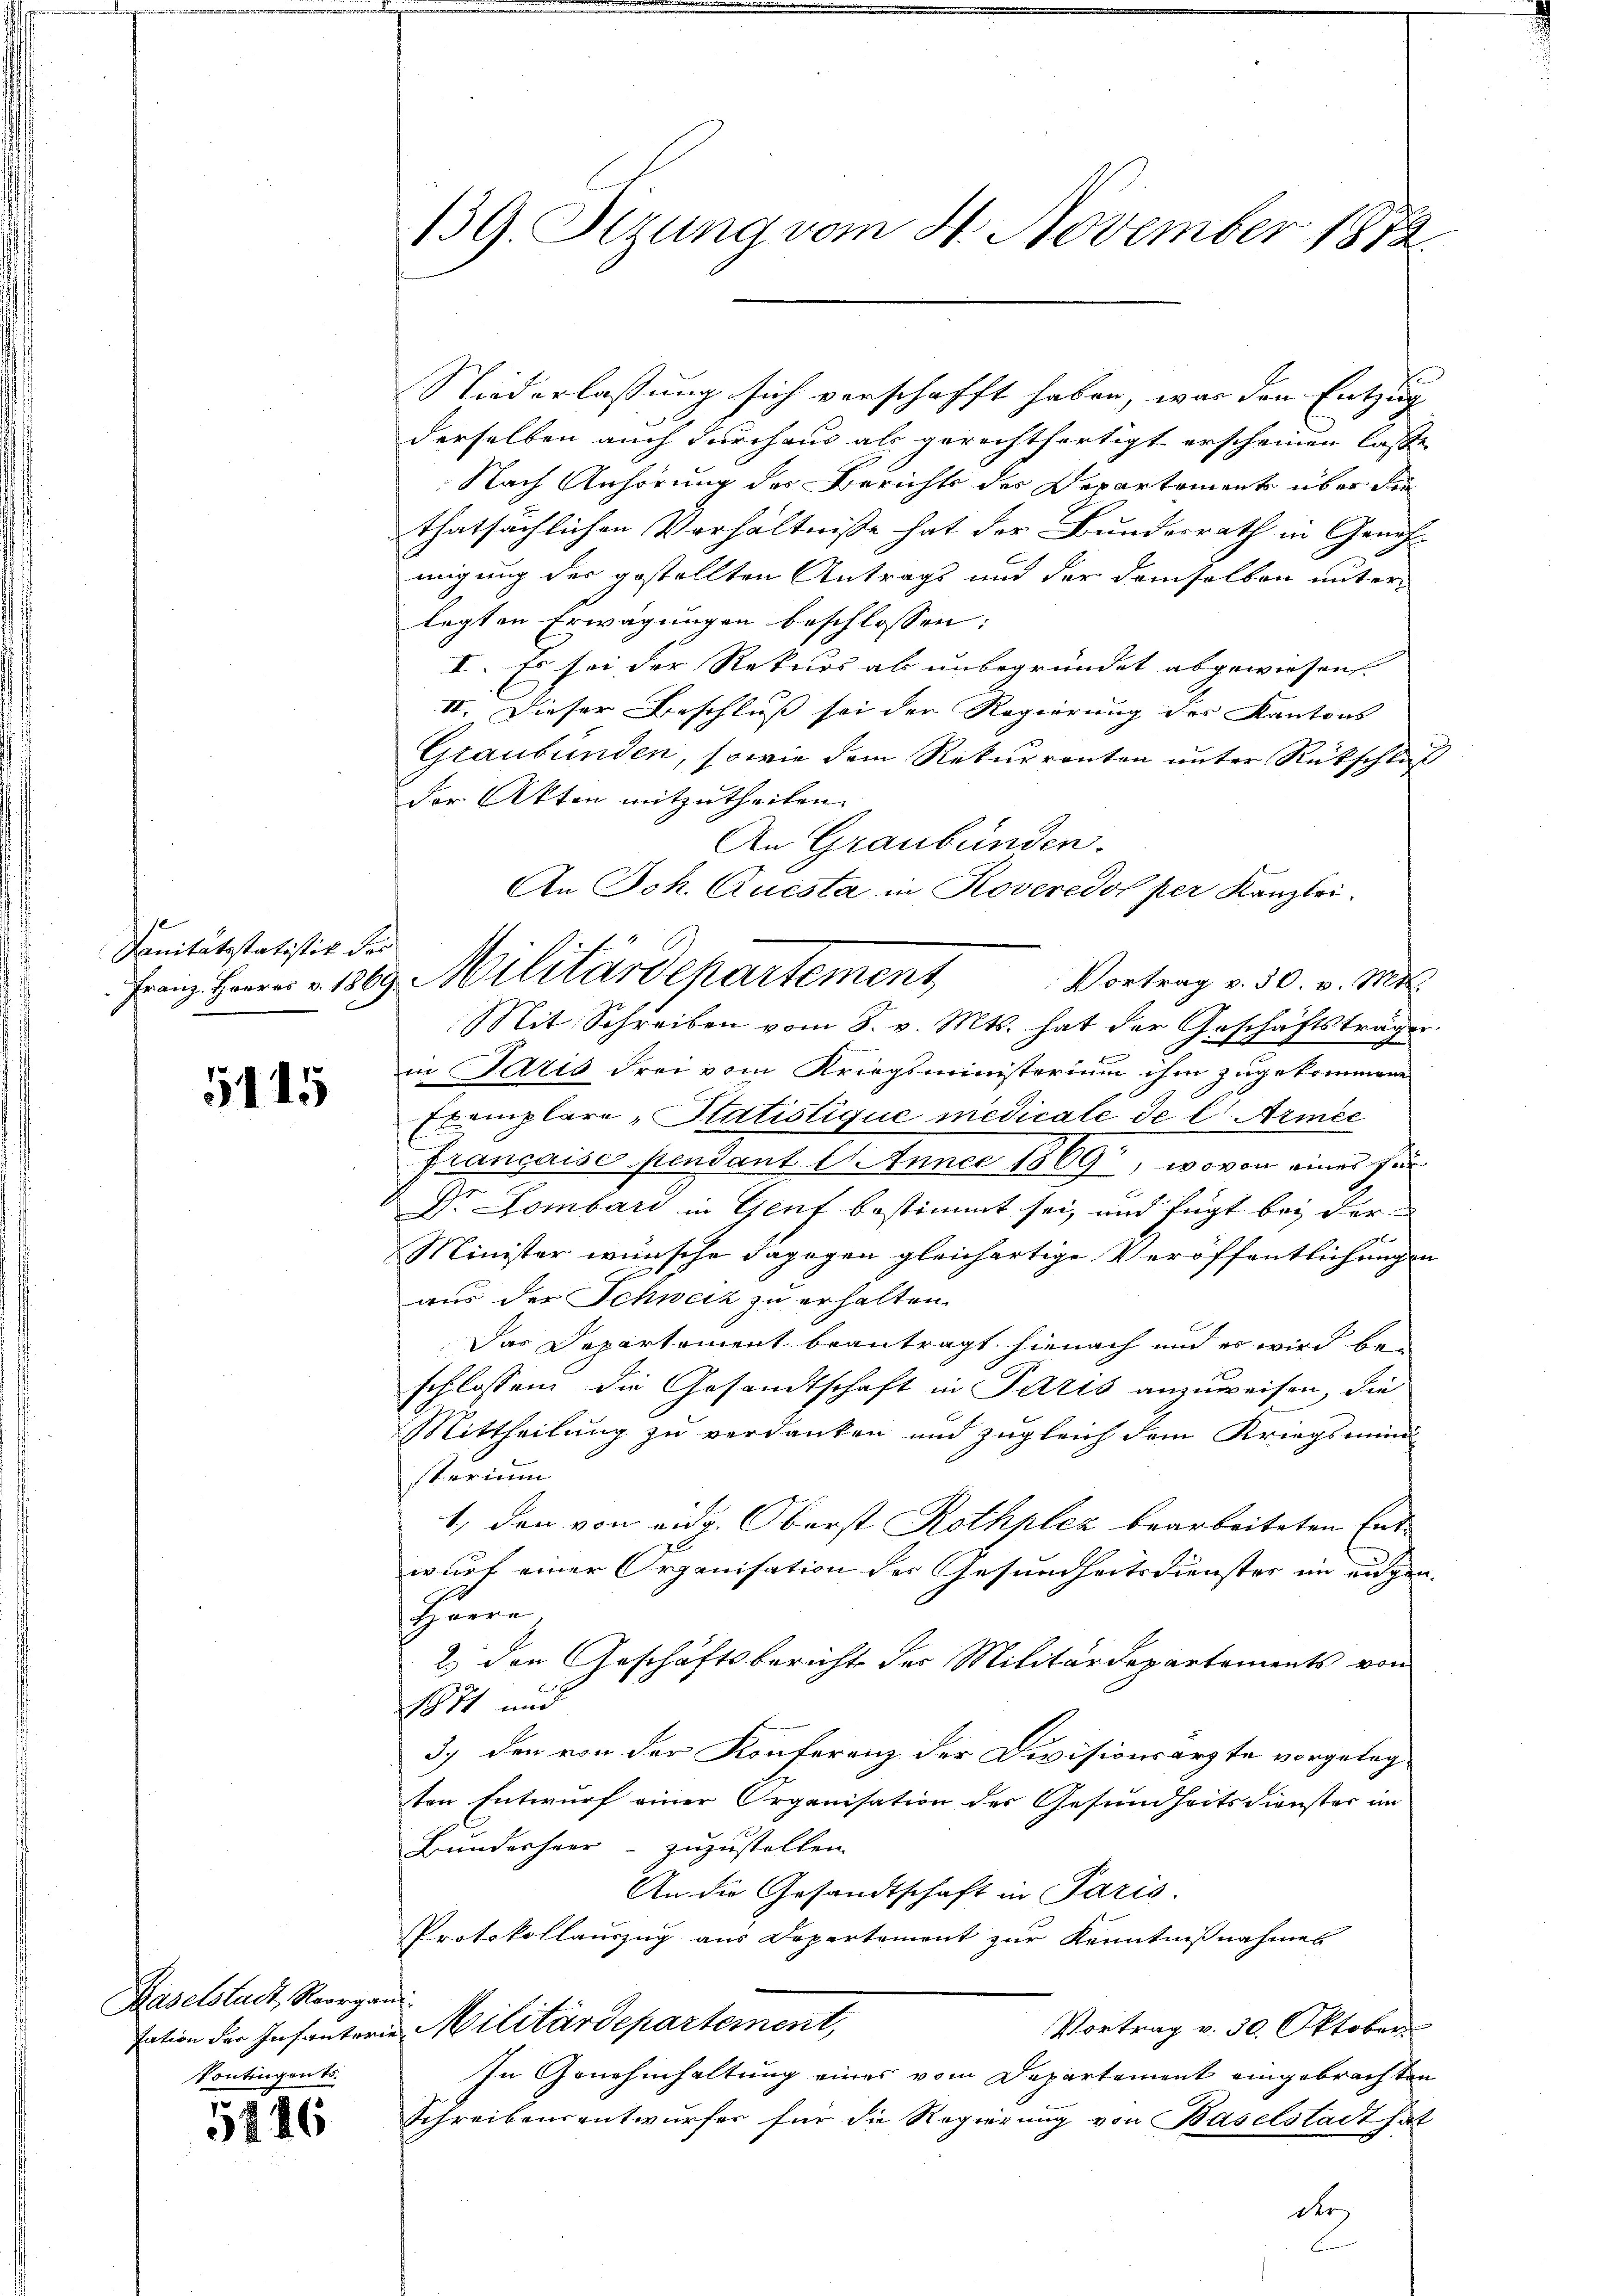
Sanitätsstatistik des

5115

Baselstadt, Reorgan
Vontingen t

5446

139. Sitzung vom 4. November 1872.

An Joh. Questa in Roveredol per Kanzlei.
Franz Herr v. 1889 Militärdepartement,

Niederlassung sich verschafft haben, war den Entzug
derselben auch durchaus als gerechtfertigt erscheinen lasse
Nach Anhörung der Berichts des Departement über die
thatsächlichen Verhältniße hat der Bundesrath in Geneh-
migung der gestellten Antrags und der demselben unterlegten Erwägungen beschlossen:
I. Es sei der Rekurs als unbegründet abgewiesen.
II. Dieser Beschluß sei der Regierung des Kantons
Graubünden, so wie dem Rekurrenten unter Rückschluß
der Akten mitzutheilen.
An Graubünden.
Vortrag v. 30. v. Mtt.
Mit Schreiben vom 8. v. Mts. hat der Geschäftsträger
in Paris drei vom Kriegsministerium ihm zugekommene
Exemplare „Statistique medicale de l. Armee
française pendant 2. Annee 1869, wovon eines für
Dr Lombard in Genf bestimmt sei, und fügt bei der
Minister wünsche dagegen gleichartige Veröffentlichungen
aus der Schweiz zu erhalten
Das Departement beantragt hienach und es wird be-
schlossen die Gesandtschaft in Paris anzuweisen, die
Mittheilung zu verdanken und zugleich dem Kriegsmind
sterium
1., den von eidg. Oberst Rothplez bearbeiteten Entwurf einer Organisation der Gesundheitsdienster im eidgen.
hure
2) den Geschäftsbericht des Militärdepartements von
1871 und
3.) den von der Konferenz der Divisionsarzte vorgelegten Entwurf einer Organisation der Gesundheitsdienster in
Bundesherr - zuzustellen.
An die Gesandtschaft in Paris
Protokollauszug aus Departement zur Kenntnißnahmes
t
Vortrag v. 30. Oktober
sation der Infanterie Militärdepartement,
In Genehmhaltung eines vom Departement eingebrachten
Schreibensentwurfes für die Regierung von Baselstadt hat
der